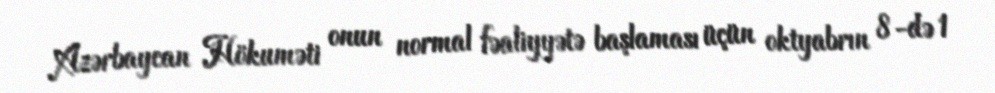
Azərbaycan Hökuməti onun normal fəaliyyətə başlaması üçün oktyabrın 8-də 1